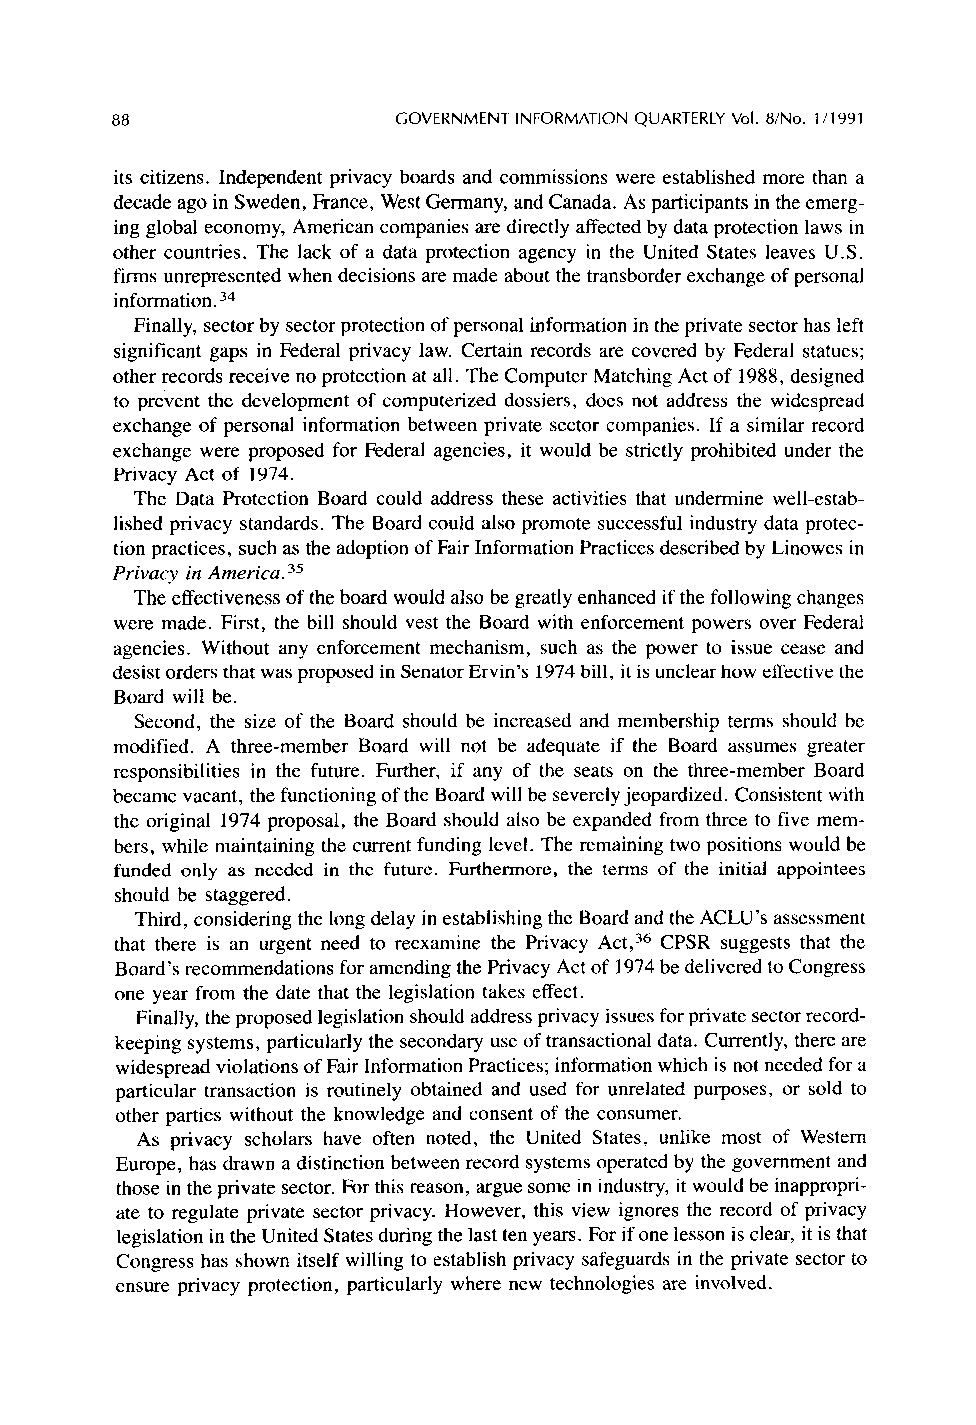
aa                 GOVERNMENT INFORMATION QUARTERLY Vol. a/No. 1 /1991
 its citizens. Independent privacy boards and commissions were established more than a
 decade ago in Sweden, France, West Germany, and Canada. As participants in the emerg-
 ing global economy, American companies are directly affected by data protection laws in
 other countries. The lack of a data protection agency in the United States leaves U.S.
 firms unrepresented when decisions are made about the transborder exchange of personal
 information. 34
 Finally, sector by sector protection of personal information in the private sector has left
 significant gaps in Federal privacy law. Certain records are covered by Federal statues;
 other records receive no protection at all. The Computer Matching Act of 1988, designed
 to prevent the development of computerized dossiers, does not address the widespread
 exchange of personal information between private sector companies. If a similar record
 exchange were proposed for Federal agencies, it would be strictly prohibited under the
 Privacy Act of 1974.
 The Data Protection Board could address these activities that undermine well-estab-
 lished privacy standards. The Board could also promote successful industry data protec-
 tion practices, such as the adoption of Fair Information Practices described by Linowes in
 Privacy in America. 35
 The effectiveness of the board would also be greatly enhanced if the following changes
 were made. First, the bill should vest the Board with enforcement powers over Federal
 agencies. Without any enforcement mechanism, such as the power to issue cease and
 desist orders that was proposed in Senator Ervin’s 1974 bill, it is unclear how effective the
 Board will be.
 Second, the size of the Board should be increased and membership terms should be
 modified. A three-member Board will not be adequate if the Board assumes greater
 responsibilities in the future. Further, if any of the seats on the three-member Board
 became vacant, the functioning of the Board will be severely jeopardized. Consistent with
 the original 1974 proposal, the Board should also be expanded from three to five mem-
 bers, while maintaining the current funding level. The remaining two positions would be
 funded only as needed in the future. Furthermore, the terms of the initial appointees
 should be staggered.
 Third, considering the long delay in establishing the Board and the ACLU’s assessment
 that there is an urgent need to reexamine the Privacy Act,36 CPSR suggests that the
 Board’s recommendations for amending the Privacy Act of 1974 be delivered to Congress
 one year from the date that the legislation takes effect.
 Finally, the proposed legislation should address privacy issues for private sector record-
 keeping systems, particularly the secondary use of transactional data. Currently, there are
 widespread violations of Fair Information Practices; information which is not needed for a
 particular transaction is routinely obtained and used for unrelated purposes, or sold to
 other parties without the knowledge and consent of the consumer.
 As privacy scholars have often noted, the United States, unlike most of Western
 Europe, has drawn a distinction between record systems operated by the government and
 those in the private sector. For this reason, argue some in industry, it would be inappropri-
 ate to regulate private sector privacy. However, this view ignores the record of privacy
 legislation in the United States during the last ten years. For if one lesson is clear, it is that
 Congress has shown itself willing to establish privacy safeguards in the private sector to
 ensure privacy protection, particularly where new technologies are involved.